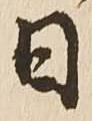
日